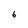
Character: 6